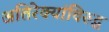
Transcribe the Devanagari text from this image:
अतिरेक्यांविरुद्ध